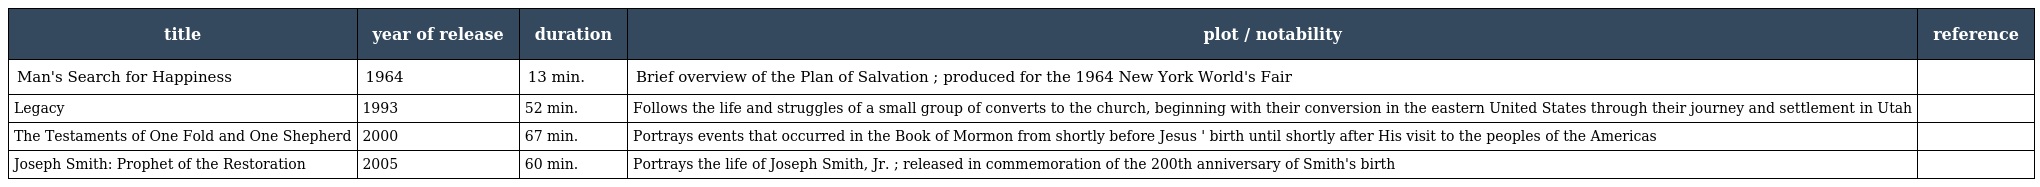
| title | year of release | duration | plot / notability | reference |
 | --- | --- | --- | --- | --- |
 | Man's Search for Happiness | 1964 | 13 min. | Brief overview of the Plan of Salvation ; produced for the 1964 New York World's Fair |  |
 | Legacy | 1993 | 52 min. | Follows the life and struggles of a small group of converts to the church, beginning with their conversion in the eastern United States through their journey and settlement in Utah |  |
 | The Testaments of One Fold and One Shepherd | 2000 | 67 min. | Portrays events that occurred in the Book of Mormon from shortly before Jesus ' birth until shortly after His visit to the peoples of the Americas |  |
 | Joseph Smith: Prophet of the Restoration | 2005 | 60 min. | Portrays the life of Joseph Smith, Jr. ; released in commemoration of the 200th anniversary of Smith's birth |  |